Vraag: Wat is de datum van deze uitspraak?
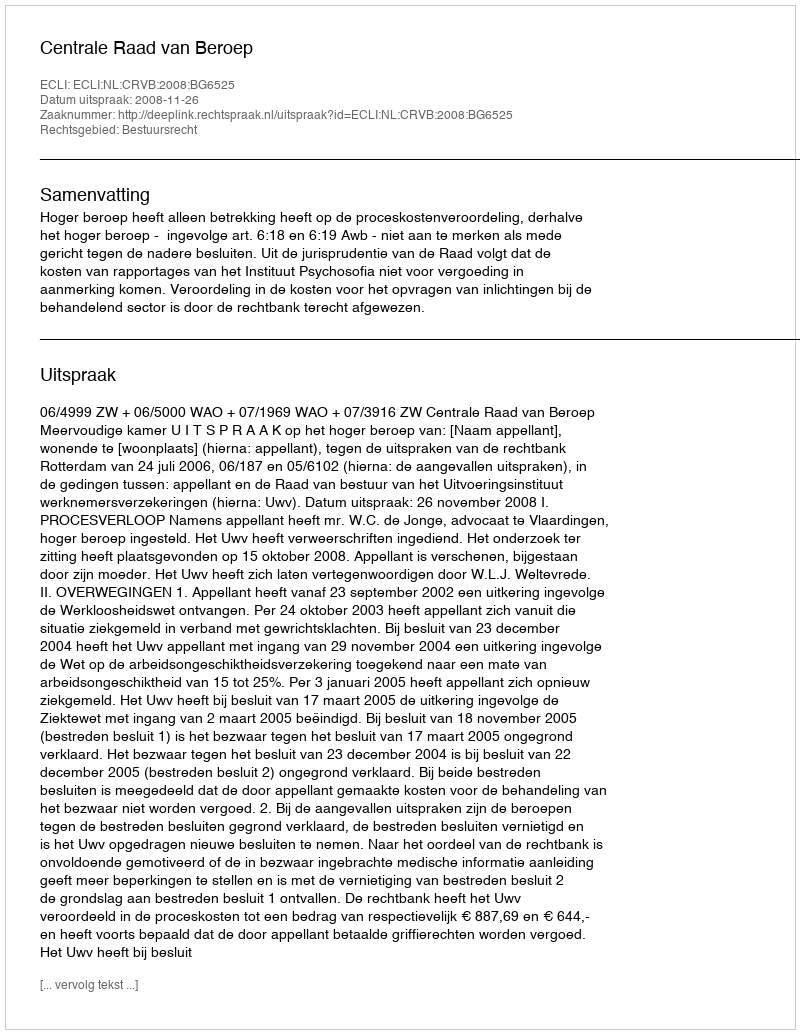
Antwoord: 2008-11-26